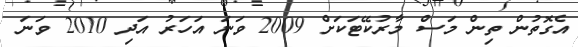
އެގޮތުން ތިން މަސް މާރުކޭޓަކަށް 2009 ވަނަ އަހަރު އަދި 2010 ވަނަ